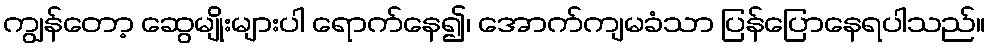
ကျွန်တော့ ဆွေမျိုးများပါ ရောက်နေ၍၊ အောက်ကျမခံသာ ပြန်ပြောနေရပါသည်။